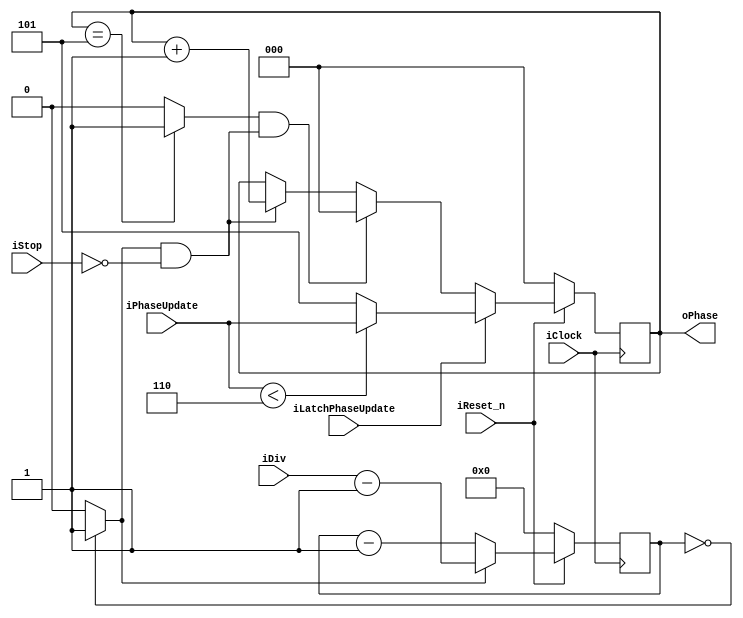
`ifndef M_BLDCM_PHASE_CONTROLLER_V
`define M_BLDCM_PHASE_CONTROLLER_V

`default_nettype none

module mBldcm_PhaseController #(
	parameter [2:0]  pTotalPhaseStages = 3'd6
) (
	input  wire        iClock,
	input  wire        iReset_n,

	input  wire [31:0] iDiv,
	input  wire        iStop,

	input  wire [2:0]  iPhaseUpdate,
	input  wire        iLatchPhaseUpdate,

	output reg  [2:0]  oPhase
);

	// Wires
	wire        wResetDivCnt;
	wire        wIncPhase;
	wire [2:0]  wPhaseUpdateUse;
	wire        wClearPhase;

	// Registers
	reg [31:0] rDivCnt;

	// Counter for divider
	assign wResetDivCnt = (rDivCnt == 32'd0) ? 1'b1 : 1'b0;

	always @(posedge iClock) begin : DivCountDown
		if (iReset_n == 1'b0) begin
			rDivCnt <= 32'd0;
		end else if (wResetDivCnt == 1'b1) begin
			rDivCnt <= iDiv - 32'd1;
		end else begin
			rDivCnt <= rDivCnt - 32'd1;
		end
	end

	// Phase Counter
	assign wPhaseUpdateUse = (iPhaseUpdate < pTotalPhaseStages) ? iPhaseUpdate : (pTotalPhaseStages - 3'd1);

	assign wIncPhase = wResetDivCnt & (~iStop);
	assign wClearPhase = ((oPhase == (pTotalPhaseStages - 3'd1)) ? 1'b1 : 1'b0) & wIncPhase;

	always @(posedge iClock) begin : PhaseCounter
		if (iReset_n == 1'b0) begin
			oPhase <= 3'd0;
		end else if (iLatchPhaseUpdate == 1'b1) begin
			oPhase <= wPhaseUpdateUse;
		end else if (wClearPhase == 1'b1) begin
			oPhase <= 3'd0;
		end else if (wIncPhase == 1'b1) begin
			oPhase <= oPhase + 3'd1;
		end else begin
			oPhase <= oPhase;
		end
	end

endmodule

`default_nettype wire

`endif